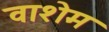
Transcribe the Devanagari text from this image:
वाशेम